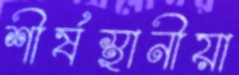
শীর্ষস্থানীয়া